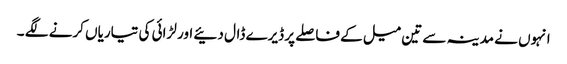
انہوں نے مدینہ سے تین میل کے فاصلے پر ڈیرے ڈال دئیے اور لڑائی کی تیاریاں کرنے لگے ۔